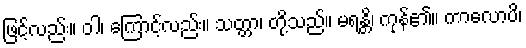
ဖြင့်လည်း။ ဝါ၊ ကြောင့်လည်း။ သတ္တာ၊ တို့သည်။ မရန္တိ၊ ကုန်၏။ ကာလောပိ၊